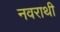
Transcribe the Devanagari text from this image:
नवराथी